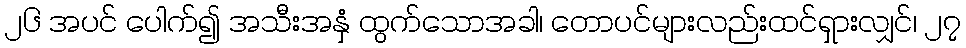
၂၆ အပင် ပေါက်၍ အသီးအနှံ ထွက်သောအခါ၊ တောပင်များလည်းထင်ရှားလျှင်၊ ၂၇